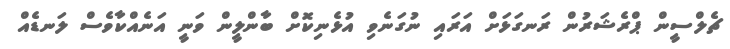
ޗެލްސީން ޕްރެޝަރުން ރަނގަޅަށް އަރައި ނުގަނެވި އުޅެނިކޮށް ބާންލީން ވަނީ އަނެއްކާވެސް ލަނޑެއް